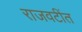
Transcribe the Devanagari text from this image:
राजवटींत